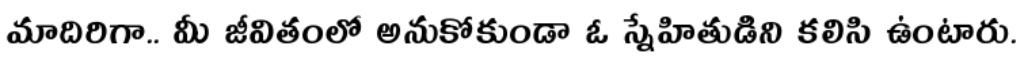
మాదిరిగా.. మీ జీవితంలో అనుకోకుండా ఓ స్నేహితుడిని కలిసి ఉంటారు.